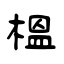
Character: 榲